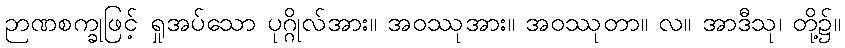
ဉာဏစက္ခုဖြင့် ရှုအပ်သော ပုဂ္ဂိုလ်အား။ အဝဿုအား။ အဝဿုတာ။ လ။ အာဒီသု၊ တို့၌။